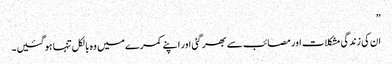
”
ان کی زندگی مشکلات اور مصائب سے بھر گئی اور اپنے کمرے میں وہ بالکل تنہا ہوگئیں۔